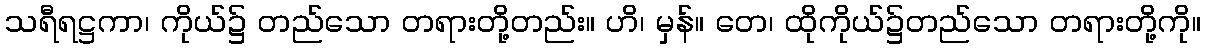
သရီရဋ္ဌကာ၊ ကိုယ်၌ တည်သော တရားတို့တည်း။ ဟိ၊ မှန်။ တေ၊ ထိုကိုယ်၌တည်သော တရားတို့ကို။